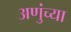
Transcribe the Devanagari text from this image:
अणुंच्या